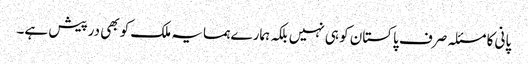
پانی کا مسئلہ صرف پاکستان کو ہی نہیں بلکہ ہمارے ہمسایہ ملک کو بھی درپیش ہے۔